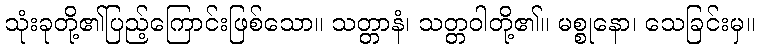
သုံးခုတို့၏ပြည့်ကြောင်းဖြစ်သော။ သတ္တာနံ၊ သတ္တဝါတို့၏။ မစ္စုနော၊ သေခြင်းမှ။